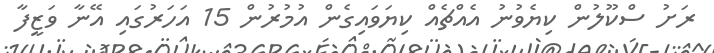
ރަށު ސްކޫލުން ކިޔެވުނު އެއްޗެއް ކިޔަވައިގެން އުމުރުން 15 އަހަރުގައި އޭނާ ވަޒީފާ